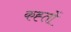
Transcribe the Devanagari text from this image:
कह्तों